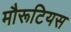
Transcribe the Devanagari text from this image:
मौरूटियस